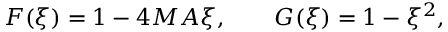
F ( \xi ) = 1 - 4 M A \xi , \qquad G ( \xi ) = 1 - \xi ^ { 2 } ,